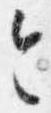
令